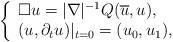
LaTeX: \begin{align*}\left\{\begin{array}{l}\Box u = |\nabla|^{-1}Q(\overline u,u), \\(u,\partial_tu)|_{t=0} = (u_0,u_1),\end{array}\right.\end{align*}